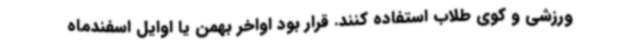
ورزشی و کوی طلاب استفاده کنند. قرار بود اواخر بهمن یا اوایل اسفندماه